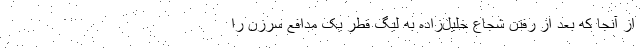
از آنجا که بعد از رفتن شجاع خلیل‌زاده به لیگ قطر یک مدافع سرزن را